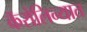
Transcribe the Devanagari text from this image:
कॅरोलिन्यात